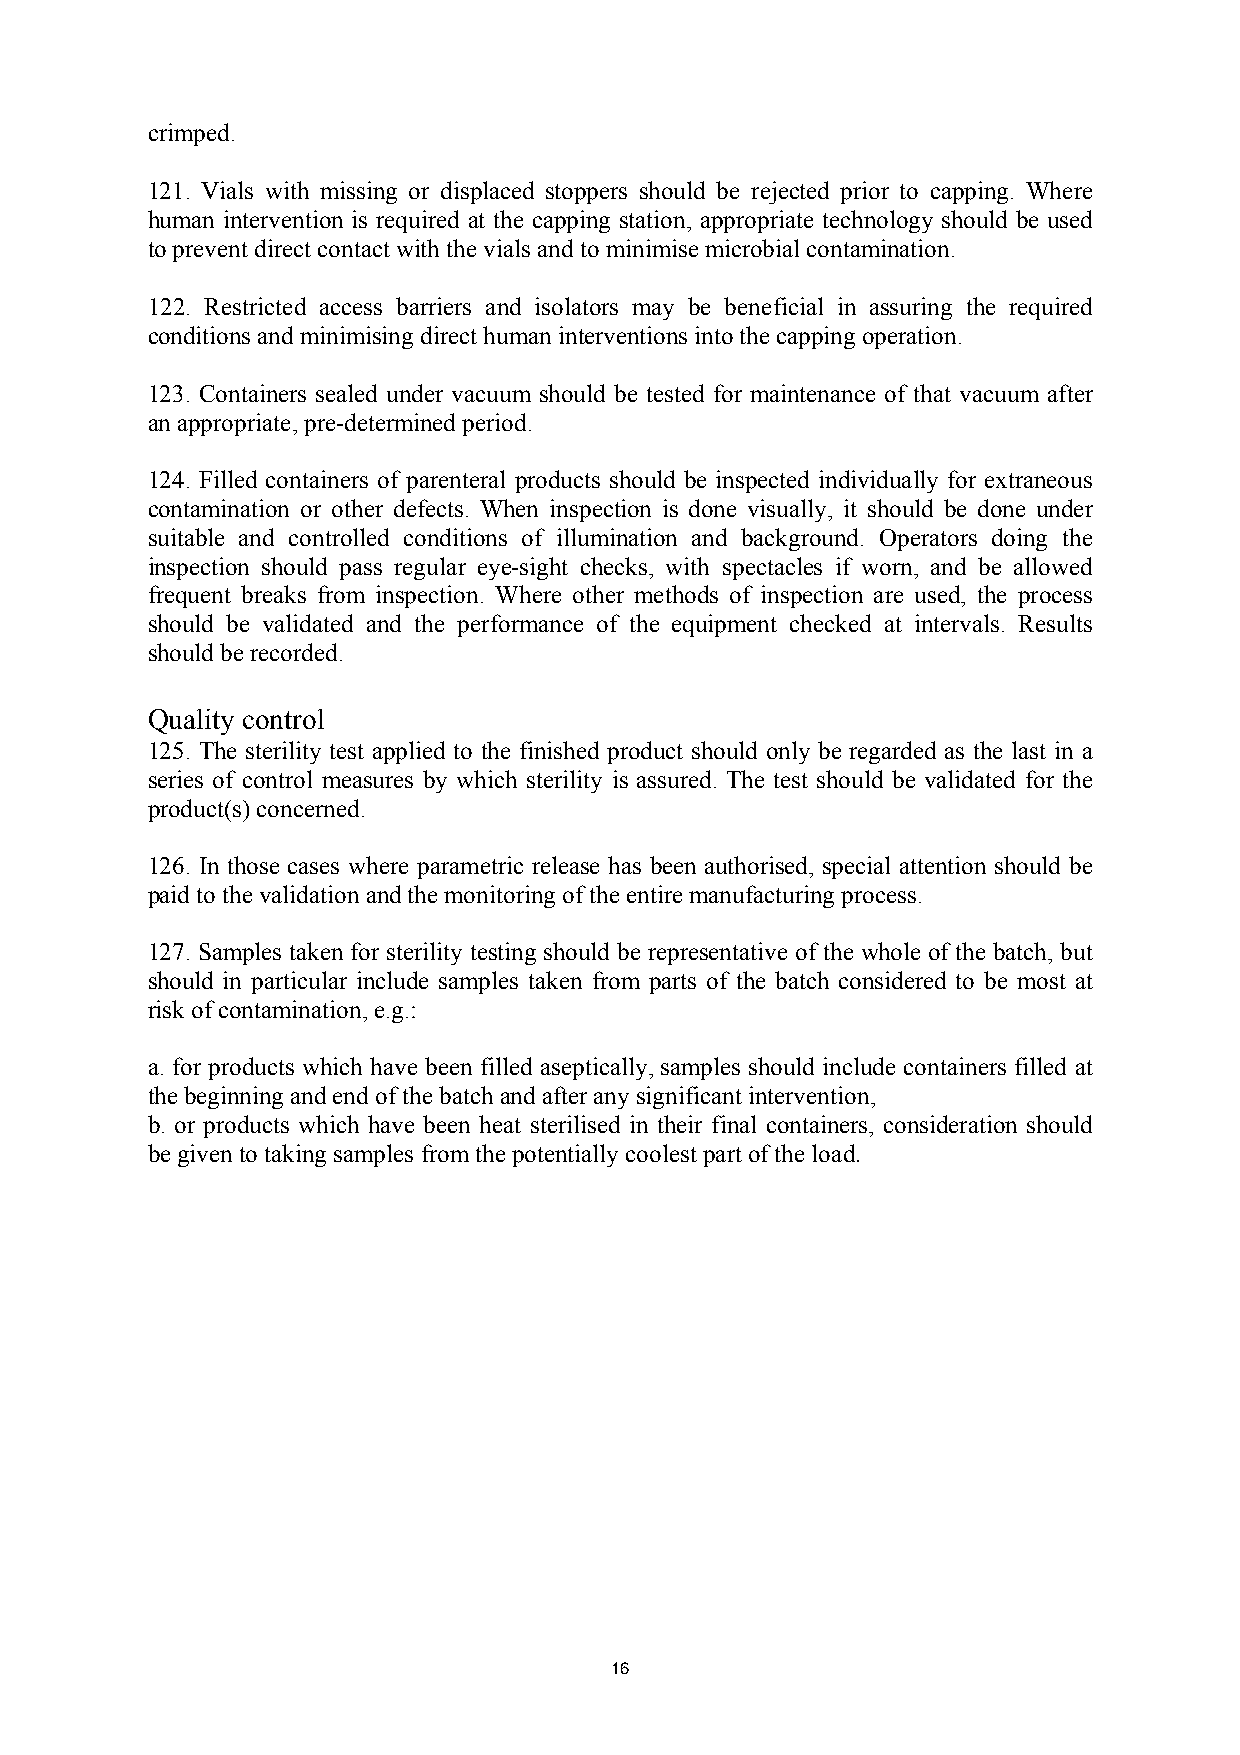
crimped.
 121. Vials with missing or displaced stoppers should be rejected prior to capping. Where
 human intervention is required at the capping station, appropriate technology should be used
 to prevent direct contact with the vials and to minimise microbial contamination.
 122. Restricted access barriers and isolators may be beneficial in assuring the required
 conditions and minimising direct human interventions into the capping operation.
 123. Containers sealed under vacuum should be tested for maintenance of that vacuum after
 an appropriate, pre-determined period.
 124. Filled containers of parenteral products should be inspected individually for extraneous
 contamination or other defects. When inspection is done visually, it should be done under
 suitable and controlled conditions of illumination and background. Operators doing the
 inspection should pass regular eye-sight checks, with spectacles if worn, and be allowed
 frequent breaks from inspection. Where other methods of inspection are used, the process
 should be validated and the performance of the equipment checked at intervals. Results
 should be recorded.
 Quality control
 125. The sterility test applied to the finished product should only be regarded as the last in a
 series of control measures by which sterility is assured. The test should be validated for the
 product(s) concerned.
 126. In those cases where parametric release has been authorised, special attention should be
 paid to the validation and the monitoring of the entire manufacturing process.
 127. Samples taken for sterility testing should be representative of the whole of the batch, but
 should in particular include samples taken from parts of the batch considered to be most at
 risk of contamination, e.g.:
 a. for products which have been filled aseptically, samples should include containers filled at
 the beginning and end of the batch and after any significant intervention,
 b. or products which have been heat sterilised in their final containers, consideration should
 be given to taking samples from the potentially coolest part of the load.
 16